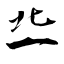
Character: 丠